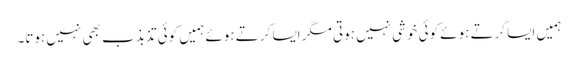
ہمیں ایسا کرتے ہوئے کوئی خوشی نہیں ہوتی مگر ایسا کرتے ہوئے ہمیں کوئی تذبذب بھی نہیں ہوتا۔